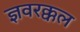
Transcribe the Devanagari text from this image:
ज्ञवरक्कल